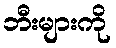
ဘီးများကို